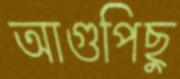
আগুপিছু